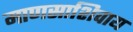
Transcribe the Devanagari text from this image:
माणसाशिवाय